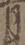
月